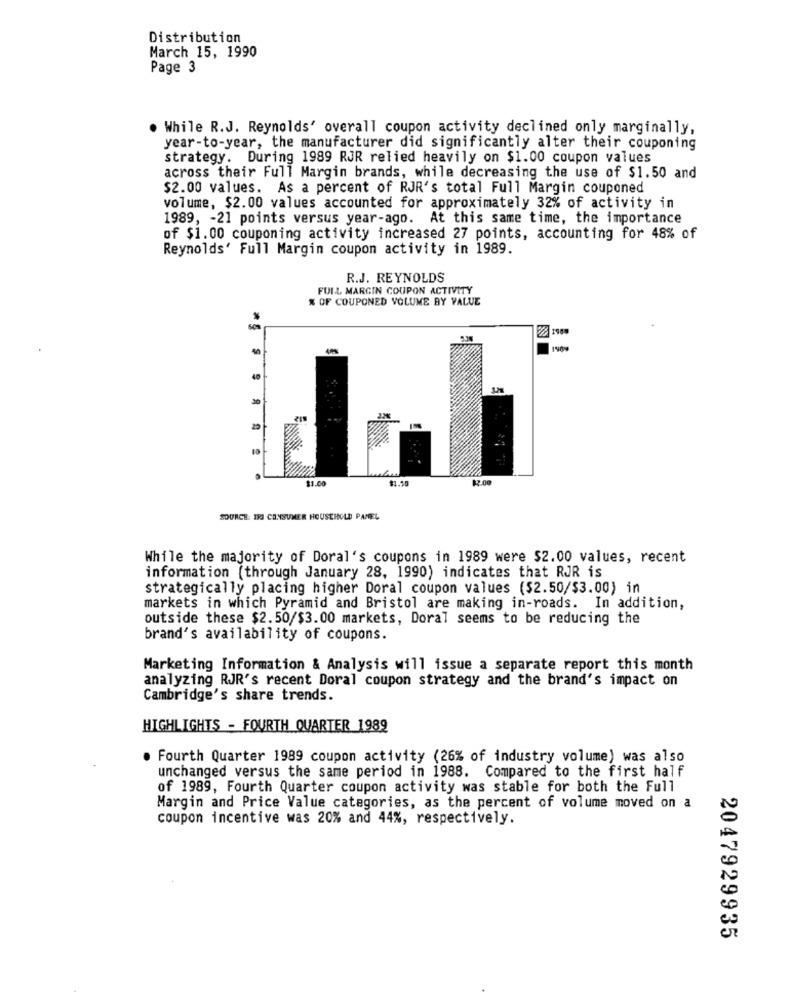
Distribution
March 15, 1990
Page 3
. While R.J. Reynolds' overall coupon activity declined only marginally,
year-to-year, the manufacturer did significantly alter their couponing
strategy. During 1989 RJR relied heavily on $1.00 coupon values
across their Full Margin brands, while decreasing the use of $1.50 and
$2.00 values. As a percent of RJR's total Full Margin couponed
volume, $2.00 values accounted for approximately 32% of activity in
1989, - 21 points versus year-ago. At this same time, the importance
of $1.00 couponing activity increased 27 points, accounting for 48% of
Reynolds' Full Margin coupon activity in 1989.
R.J. REYNOLDS
FULL MARCIN COUPON ACTIVITY
K OF COUPONED VOLUME BY VALUE
se
40
30
$1.00
12.00
SOURCE: IRI CONSUMER HOUSEHOLD PANEL
While the majority of Doral's coupons in 1989 were $2.00 values, recent
information (through January 28, 1990) indicates that RJR is
strategically placing higher Doral coupon values ($2.50/$3.00) in
markets in which Pyramid and Bristol are making in-roads. In addition,
outside these $2.50/$3.00 markets, Doral seems to be reducing the
brand's availability of coupons.
Marketing Information & Analysis will issue a separate report this month
analyzing RJR's recent Doral coupon strategy and the brand's impact on
Cambridge's share trends.
HIGHLIGHTS - FOURTH QUARTER 1989
. Fourth Quarter 1989 coupon activity (26% of industry volume) was also
unchanged versus the same period in 1988. Compared to the first half
of 1989, Fourth Quarter coupon activity was stable for both the Full
Margin and Price Value categories, as the percent of volume moved on a
coupon incentive was 20% and 44%, respectively.
2047929935